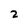
Character: z